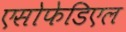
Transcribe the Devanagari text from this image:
एसोफेडिएल